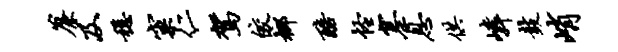
帘及稳窠仁驾皎榔醅怪塞息供嶙鼓峭